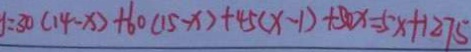
y = 3 0 ( 1 4 - x ) + 6 0 ( 1 5 - x ) + 4 5 ( x - 1 ) + 5 0 x = 5 x + 1 2 7 5